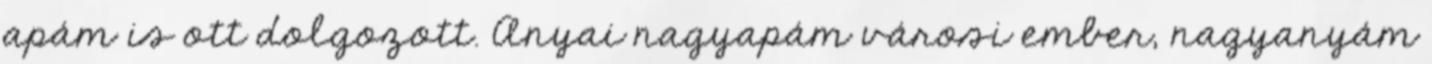
apám is ott dolgozott. Anyai nagyapám városi ember, nagyanyám